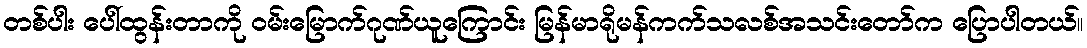
တစ်ပါး ပေါ်ထွန်းတာကို ဝမ်းမြောက်ဂုဏ်ယူကြောင်း မြန်မာရိုမန်ကက်သလစ်အသင်းတော်က ပြောပါတယ်။